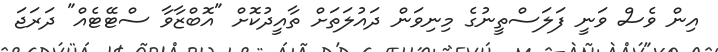
އިން ވެސް ވަނީ ފަލަސްތީނުގެ މިނިވަން ދައުލަތަށް ތާއީދުކޮށް "އޮބްޒާވާ ސްޓޭޓެއް" ދަރަޖަ